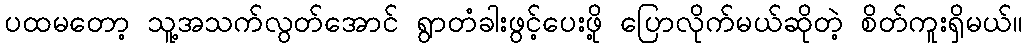
ပထမတော့ သူ့အသက်လွတ်အောင် ရွာတံခါးဖွင့်ပေးဖို့ ပြောလိုက်မယ်ဆိုတဲ့ စိတ်ကူးရှိမယ်။